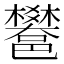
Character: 𨟄